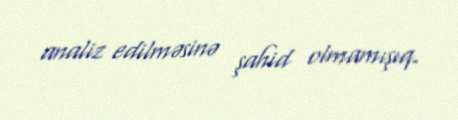
analiz edilməsinə şahid olmamışıq.